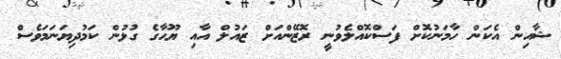
ޝާއިން އެކަން ހާމަނުކޮށް ފަސްކޮއްލެވުނީ ރޮޒޭންއަށް ޒައުލް އާއި ޔޫހާގެ ގުޅުން ކަމުދިޔަނަމަވެސް